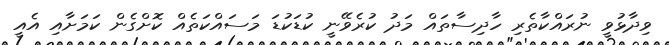
ވިދާޅުވީ ނުރައްކާތެރި ހާދިސާތައް މަދު ކުރެވޭނީ ކުޑަކުޑަ މަސައްކަތެއް ކޮށްގެން ކަމަށާއި އެއީ